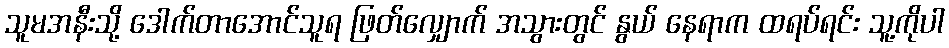
သူမအနီးသို့ ဒေါက်တာအောင်သူရ ဖြတ်လျှောက် အသွားတွင် နွယ် နေရာက ထရပ်ရင်း သူ့ကိုပါ